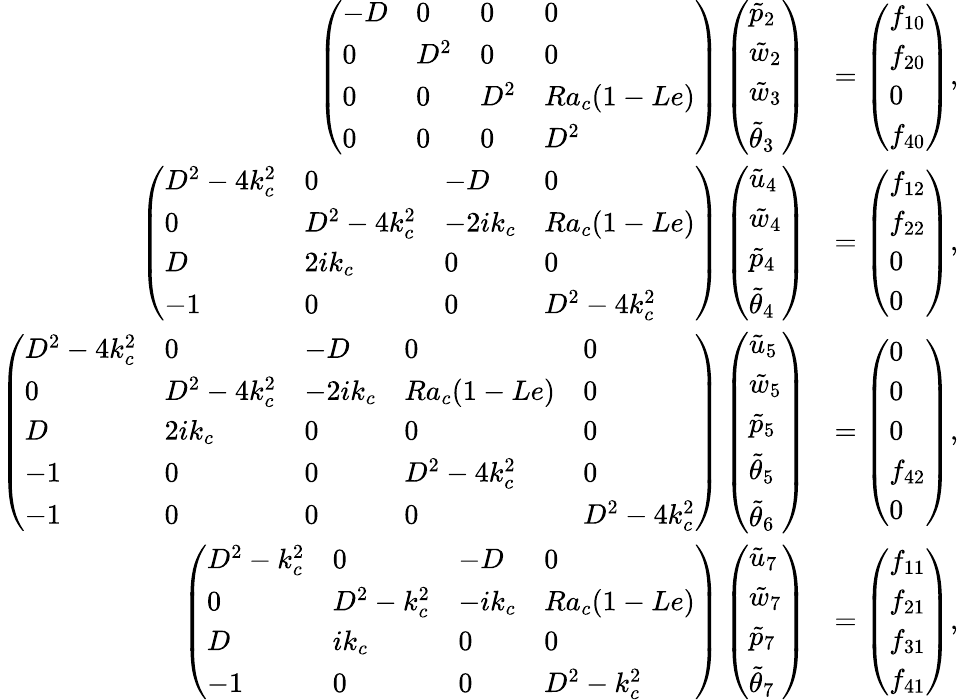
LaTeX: \begin{array}{rl}{\left(\begin{array}{llll}{-D}&{0}&{0}&{0}\\ {0}&{D^{2}}&{0}&{0}\\ {0}&{0}&{D^{2}}&{Ra_{c}(1-Le)}\\ {0}&{0}&{0}&{D^{2}}\end{array}\right)\left(\begin{array}{l}{\tilde{p}_{2}}\\ {\tilde{w}_{2}}\\ {\tilde{w}_{3}}\\ {\tilde{\theta}_{3}}\end{array}\right)}&{=\left(\begin{array}{l}{f_{10}}\\ {f_{20}}\\ {0}\\ {f_{40}}\end{array}\right),}\\ {\left(\begin{array}{llll}{D^{2}-4k_{c}^{2}}&{0}&{-D}&{0}\\ {0}&{D^{2}-4k_{c}^{2}}&{-2ik_{c}}&{Ra_{c}(1-Le)}\\ {D}&{2ik_{c}}&{0}&{0}\\ {-1}&{0}&{0}&{D^{2}-4k_{c}^{2}}\end{array}\right)\left(\begin{array}{l}{\tilde{u}_{4}}\\ {\tilde{w}_{4}}\\ {\tilde{p}_{4}}\\ {\tilde{\theta}_{4}}\end{array}\right)}&{=\left(\begin{array}{l}{f_{12}}\\ {f_{22}}\\ {0}\\ {0}\end{array}\right),}\\ {\left(\begin{array}{lllll}{D^{2}-4k_{c}^{2}}&{0}&{-D}&{0}&{0}\\ {0}&{D^{2}-4k_{c}^{2}}&{-2ik_{c}}&{Ra_{c}(1-Le)}&{0}\\ {D}&{2ik_{c}}&{0}&{0}&{0}\\ {-1}&{0}&{0}&{D^{2}-4k_{c}^{2}}&{0}\\ {-1}&{0}&{0}&{0}&{D^{2}-4k_{c}^{2}}\end{array}\right)\left(\begin{array}{l}{\tilde{u}_{5}}\\ {\tilde{w}_{5}}\\ {\tilde{p}_{5}}\\ {\tilde{\theta}_{5}}\\ {\tilde{\theta}_{6}}\end{array}\right)}&{=\left(\begin{array}{l}{0}\\ {0}\\ {0}\\ {f_{42}}\\ {0}\end{array}\right),}\\ {\left(\begin{array}{llll}{D^{2}-k_{c}^{2}}&{0}&{-D}&{0}\\ {0}&{D^{2}-k_{c}^{2}}&{-ik_{c}}&{Ra_{c}(1-Le)}\\ {D}&{ik_{c}}&{0}&{0}\\ {-1}&{0}&{0}&{D^{2}-k_{c}^{2}}\end{array}\right)\left(\begin{array}{l}{\tilde{u}_{7}}\\ {\tilde{w}_{7}}\\ {\tilde{p}_{7}}\\ {\tilde{\theta}_{7}}\end{array}\right)}&{=\left(\begin{array}{l}{f_{11}}\\ {f_{21}}\\ {f_{31}}\\ {f_{41}}\end{array}\right),}\end{array}